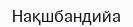
Нақшбандийа